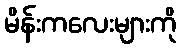
မိန်းကလေးများကို